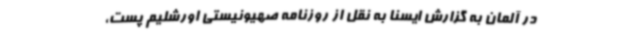
در آلمان به گزارش ایسنا به نقل از روزنامه صهیونیستی اورشلیم پست،